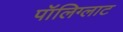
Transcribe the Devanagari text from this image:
पॉलिग्लाट